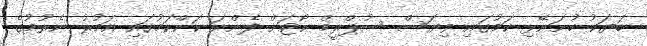
ބަޔަކު ހުށަނޭޅި ކަމުގައި ވިޔަސް ސުޕްރީމް ކޯޓަށް ފެންނަ ކަންކަމުގައި އަމުރު ނެރުމުގެ